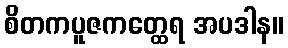
စိတကပူဇကတ္ထေရ အပဒါန။